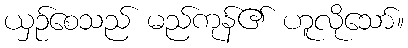
ယှဉ်စေသည် မည်ကုန်၏ ဟူလိုသော်။